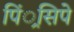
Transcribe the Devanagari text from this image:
पिं्रसिपे